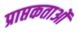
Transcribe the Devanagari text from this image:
प्राप्तकताओं